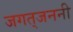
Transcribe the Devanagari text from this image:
जगत्‌जननी